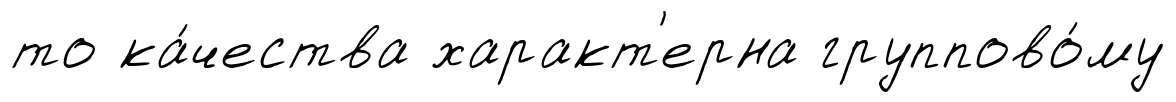
то ка́чества характ'ерна группово́му